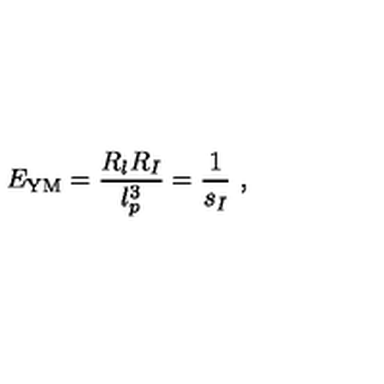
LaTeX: E _ { \mathrm { Y M } } = \frac { R _ { l } R _ { I } } { l _ { p } ^ { 3 } } = \frac { 1 } { s _ { I } } \ ,